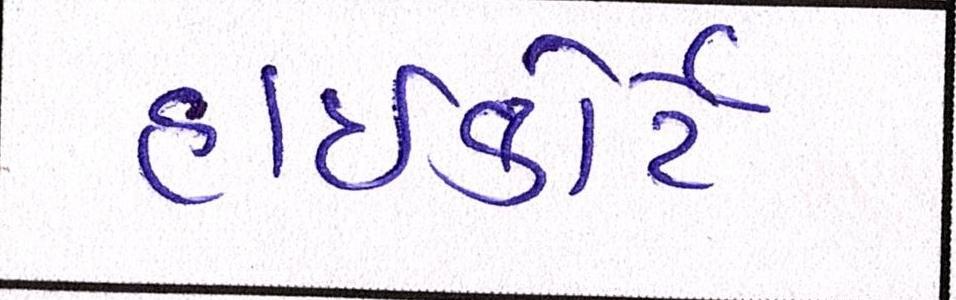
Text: હાઈકોર્ટે